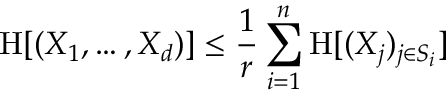
\mathrm { H } [ ( X _ { 1 } , \ldots , X _ { d } ) ] \leq { \frac { 1 } { r } } \sum _ { i = 1 } ^ { n } \mathrm { H } [ ( X _ { j } ) _ { j \in S _ { i } } ]